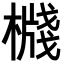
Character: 𣚙